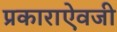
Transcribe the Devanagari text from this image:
प्रकाराऐवजी